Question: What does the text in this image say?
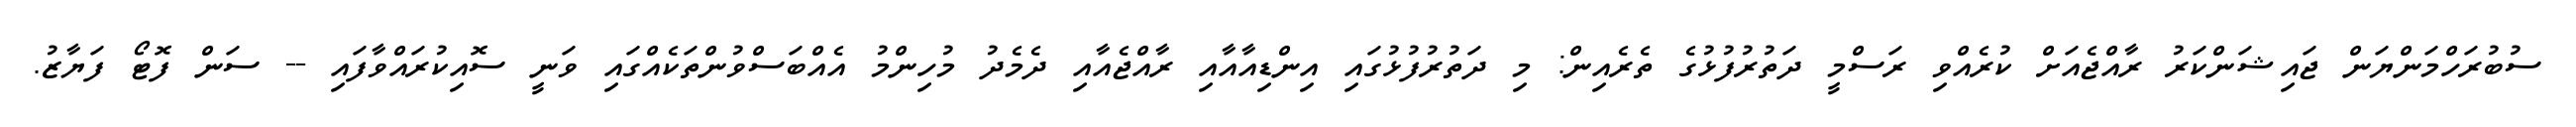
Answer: ސުބުރަހްމަންޔަން ޖައިޝަންކަރު ރާއްޖެއަށް ކުރެއްވި ރަސްމީ ދަތުރުފުޅުގެ ތެރެއިން: މި ދަތުރުފުޅުގައި އިންޑިއާއާއި ރާއްޖެއާއި ދެމެދު މުހިންމު އެއްބަސްވުންތަކެއްގައި ވަނީ ސޮއިކުރައްވާފައި -- ސަން ފޮޓޯ ފަޔާޒު.